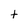
Character: t